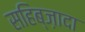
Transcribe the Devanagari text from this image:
सहिब्ज़ादा